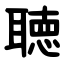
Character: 聴